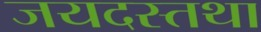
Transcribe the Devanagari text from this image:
जयदस्तथा